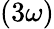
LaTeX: \left(3\omega\right)